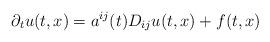
LaTeX: \begin{align*} \partial_{t}u(t,x)=a^{ij}(t)D_{ij}u(t,x)+f(t,x)\end{align*}